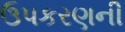
ઉપકરણની